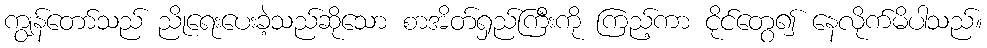
ကျွန်တော်သည် ညိုရေးပေးခဲ့သည်ဆိုသော စာအိတ်ရှည်ကြီးကို ကြည့်ကာ ငိုင်တွေ၍ နေလိုက်မိပါသည်။